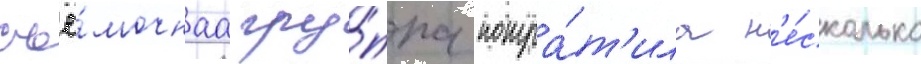
съё́мочнаа гру́ппа потра́т'ила н'е́сколько